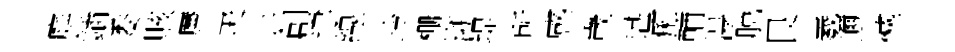
庭鍤委賅㢘羙卉創䢖線玲栅浙堤所感嵗谌痢輔瀑脱艮羲邇憾